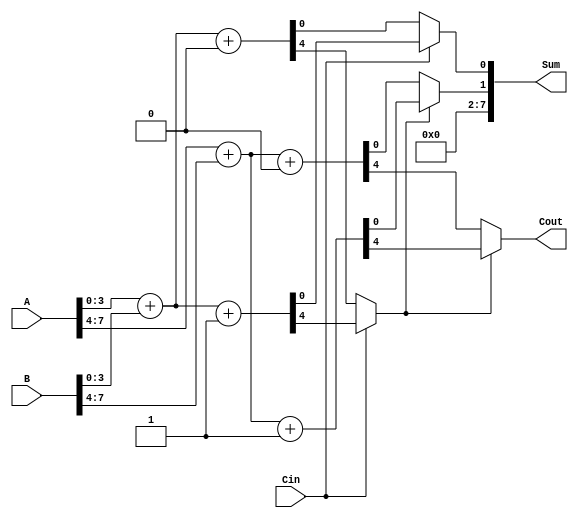
module CCSA_8bit (
    input [7:0] A,        // First operand
    input [7:0] B,        // Second operand
    input Cin,            // Carry-in
    output [7:0] Sum,     // Sum output
    output Cout           // Carry-out output
);
    
    wire [3:0] Sum0_0, Sum1_0, Sum0_1, Sum1_1; // Partial sums for segments
    wire Cout0_0, Cout1_0, Cout0_1, Cout1_1;   // Partial carries for segments
    
    // First segment (A[3:0] + B[3:0])
    assign {Cout0_0, Sum0_0} = A[3:0] + B[3:0] + 1'b0; // Assuming Cin = 0
    assign {Cout1_0, Sum1_0} = A[3:0] + B[3:0] + 1'b1; // Assuming Cin = 1

    // Second segment (A[7:4] + B[7:4])
    assign {Cout0_1, Sum0_1} = A[7:4] + B[7:4] + 1'b0; // Assuming Cin = 0
    assign {Cout1_1, Sum1_1} = A[7:4] + B[7:4] + 1'b1; // Assuming Cin = 1

    // MUX for first segment output
    wire selected_sum0, selected_cout0;
    assign selected_sum0 = (Cin) ? Sum1_0 : Sum0_0;
    assign selected_cout0 = (Cin) ? Cout1_0 : Cout0_0;

    // MUX for second segment output
    wire selected_sum1, selected_cout1;
    assign selected_sum1 = (selected_cout0) ? Sum1_1 : Sum0_1;
    assign selected_cout1 = (selected_cout0) ? Cout1_1 : Cout0_1;

    // Final outputs
    assign Sum = {selected_sum1, selected_sum0}; // Concatenate sums
    assign Cout = selected_cout1;                // Final carry-out

endmodule